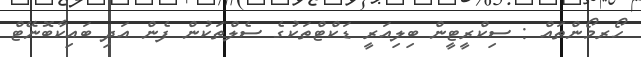
ހޯރމޯންތައް : ސިކްރީޓީން ބިލިއަރީ ޑަކްޓްތަކުގެ ސެލްތަކުން ފެން އަދި ބައިކާބޮނޭޓް